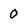
Character: 0